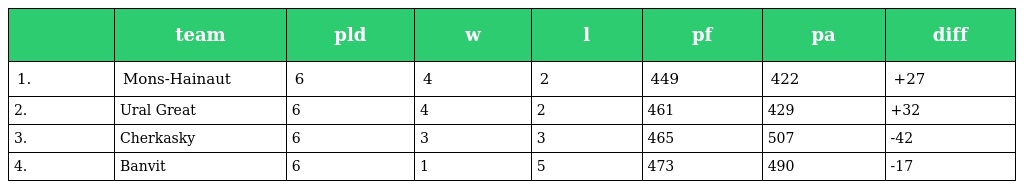
|  | team | pld | w | l | pf | pa | diff |
 | --- | --- | --- | --- | --- | --- | --- | --- |
 | 1. | Mons-Hainaut | 6 | 4 | 2 | 449 | 422 | +27 |
 | 2. | Ural Great | 6 | 4 | 2 | 461 | 429 | +32 |
 | 3. | Cherkasky | 6 | 3 | 3 | 465 | 507 | -42 |
 | 4. | Banvit | 6 | 1 | 5 | 473 | 490 | -17 |